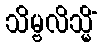
သိမ္ဗလိသ္မိံ